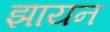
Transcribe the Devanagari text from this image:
झायन